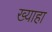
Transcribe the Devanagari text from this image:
ख्याहा